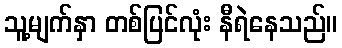
သူ့မျက်နှာ တစ်ပြင်လုံး နီရဲနေသည်။